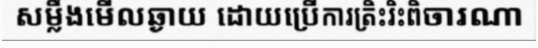
សម្លឹងមើលឆ្ងាយ ដោយប្រើការត្រិះរិះពិចារណា